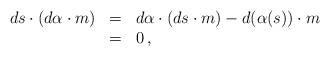
LaTeX: \begin{align*} \begin{array}{rcl} ds\cdot (d\alpha \cdot m) & = & d\alpha \cdot (ds \cdot m) - d(\alpha(s)) \cdot m \\ & = & 0\,, \end{array} \end{align*}